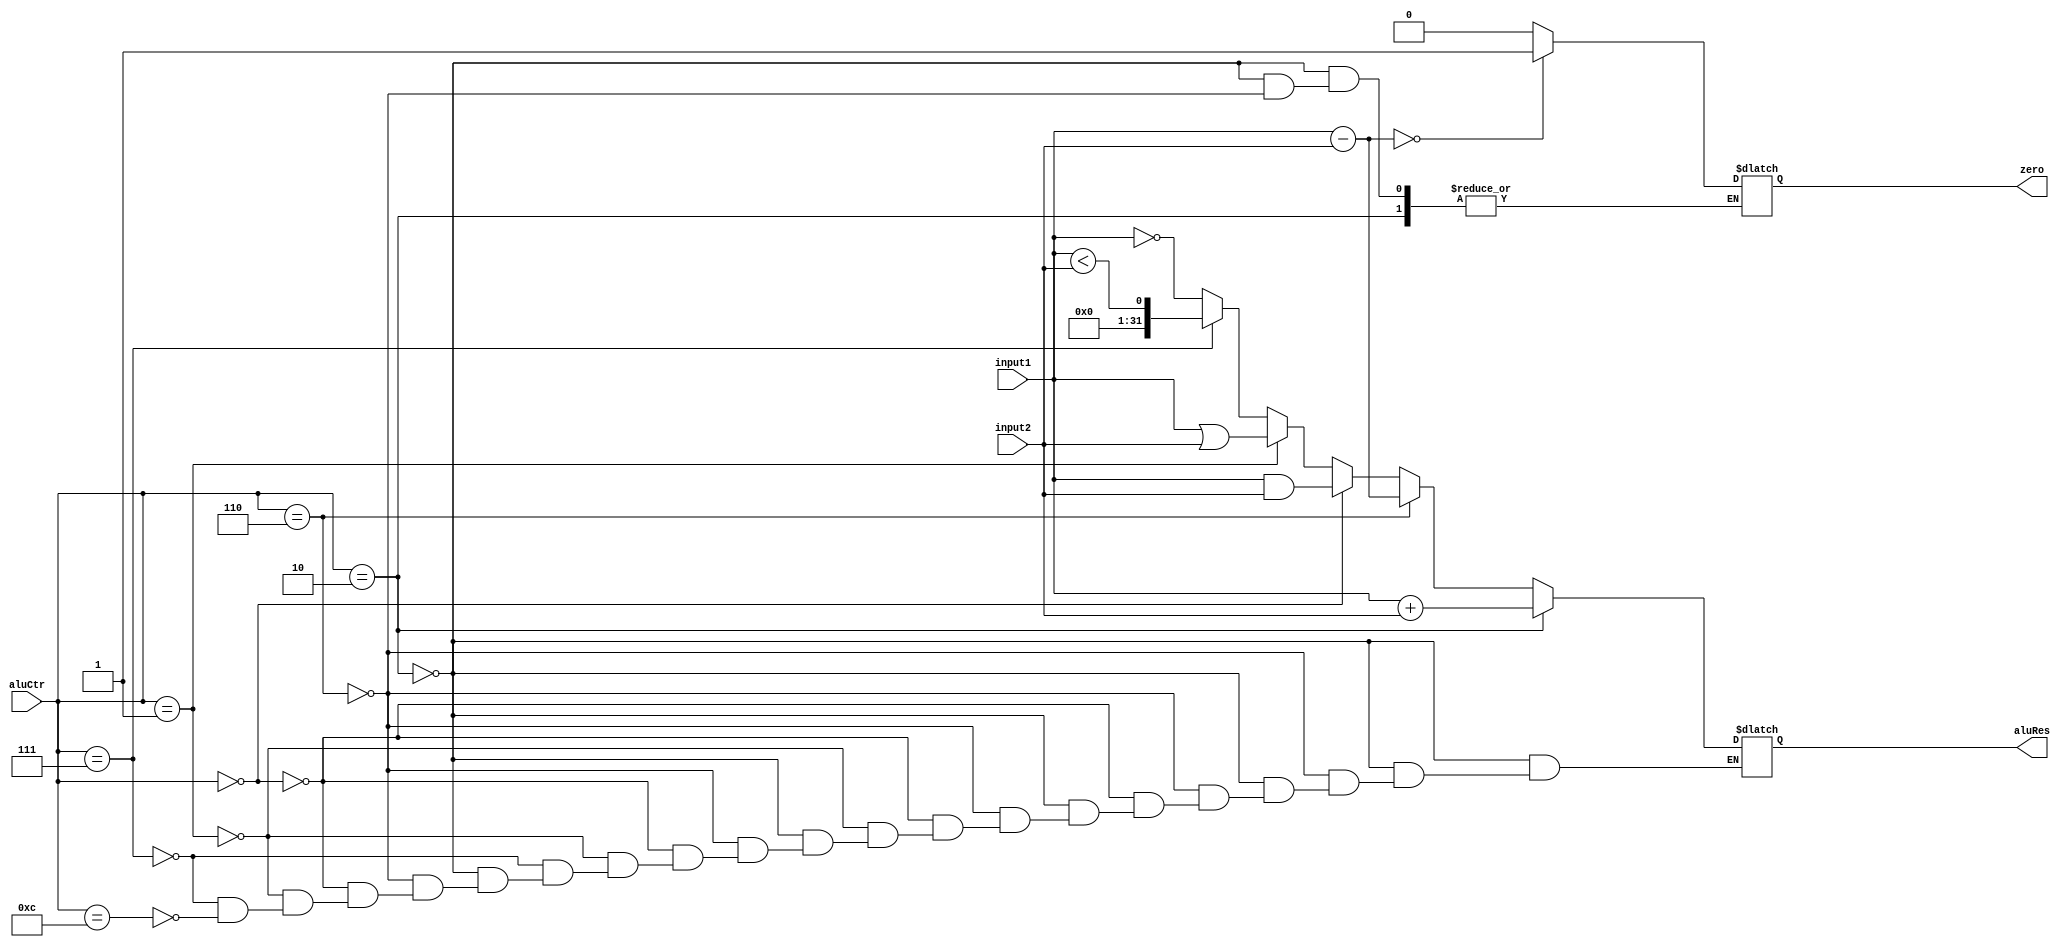
`timescale 1ns / 1ps
//////////////////////////////////////////////////////////////////////////////////
// Company: 
// Engineer: 
// 
// Design Name: 
// Module Name:    alu 
// Project Name: 
// Target Devices: 
// Tool versions: 
// Description: 
//
// Dependencies: 
//
// Revision: 
// Revision 0.01 - File Created
// Additional Comments: 
//
//////////////////////////////////////////////////////////////////////////////////
module alu(input1, input2, aluCtr, zero, aluRes);
    input [31:0] input1;
    input [31:0] input2;
    input [3:0] aluCtr;
    output zero;
    output [31:0] aluRes;
	 reg zero;
	 reg [31:0] aluRes;
	 
	 always @ (input1 or input2 or aluCtr)
	 begin
	     if (aluCtr == 4'b0010)
		      aluRes = input1 + input2;
		  else if (aluCtr == 4'b0110)
		  begin
		      aluRes = input1 - input2;
				if (aluRes == 0)
				    zero = 1;
				else
				    zero = 0;
			end
			else if (aluCtr == 4'b0000)
			    aluRes = input1 & input2;
			else if (aluCtr == 4'b0001)
			    aluRes = input1 | input2;
			else if (aluCtr == 4'b0111)
			    aluRes = input1 < input2;
			else if (aluCtr == 4'b1100)
			begin
			    aluRes = ~input1;
			end
     end


endmodule